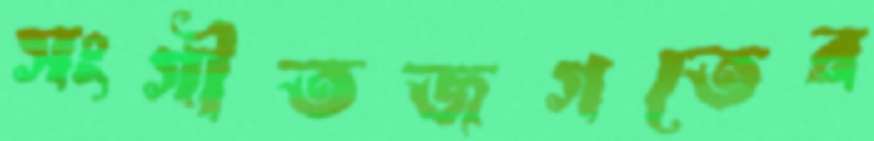
সংগীতজগতের